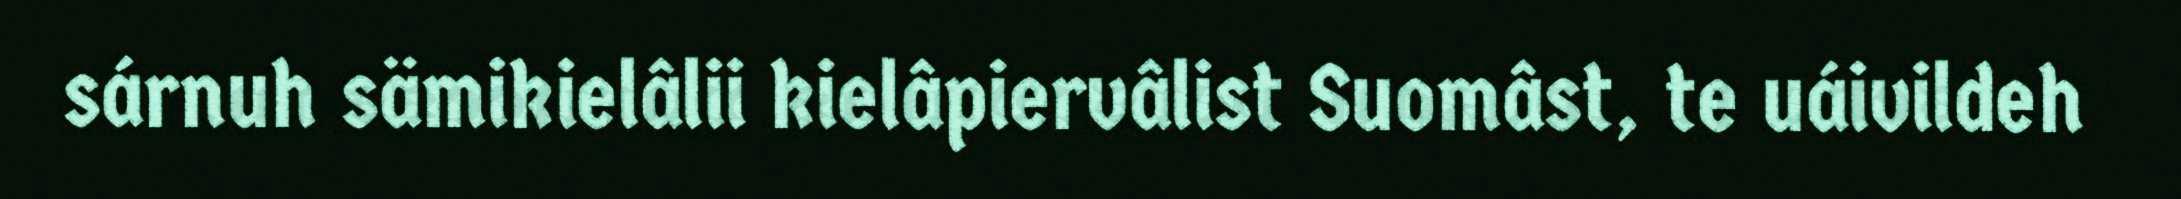
sárnuh sämikielâlii kielâpiervâlist Suomâst, te uáivildeh